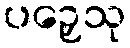
ပဉှေသု